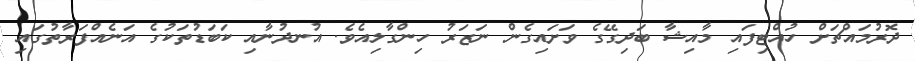
ދޮރުމައްޗަށް ހުއްޓިފައި މާއިޝާ ބަދިގޭގެ ވަށައިގެން ނަޒަރު ހިންގާލިއެވެ. އުނދުނާއި ކަބަޑުތަކުގެ އަނެއްފަރާތުގައި